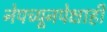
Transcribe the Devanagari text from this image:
नेपच्यूनपेक्षाही